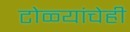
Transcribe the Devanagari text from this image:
टोळ्यांचेही